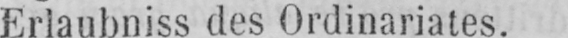
Erlaubniss des Ordinariates.